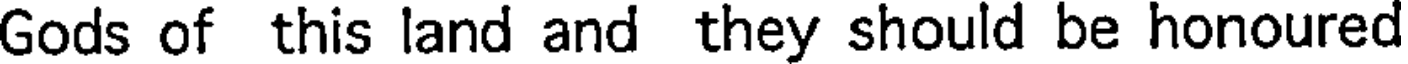
Gods of this land and they should be honoured